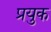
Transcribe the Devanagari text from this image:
प्रयुक